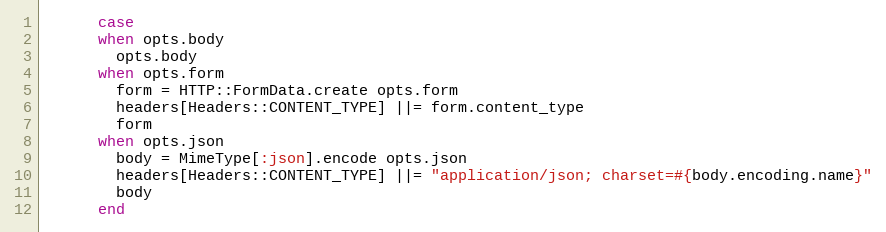
Language: Ruby
      case
      when opts.body
        opts.body
      when opts.form
        form = HTTP::FormData.create opts.form
        headers[Headers::CONTENT_TYPE] ||= form.content_type
        form
      when opts.json
        body = MimeType[:json].encode opts.json
        headers[Headers::CONTENT_TYPE] ||= "application/json; charset=#{body.encoding.name}"
        body
      end